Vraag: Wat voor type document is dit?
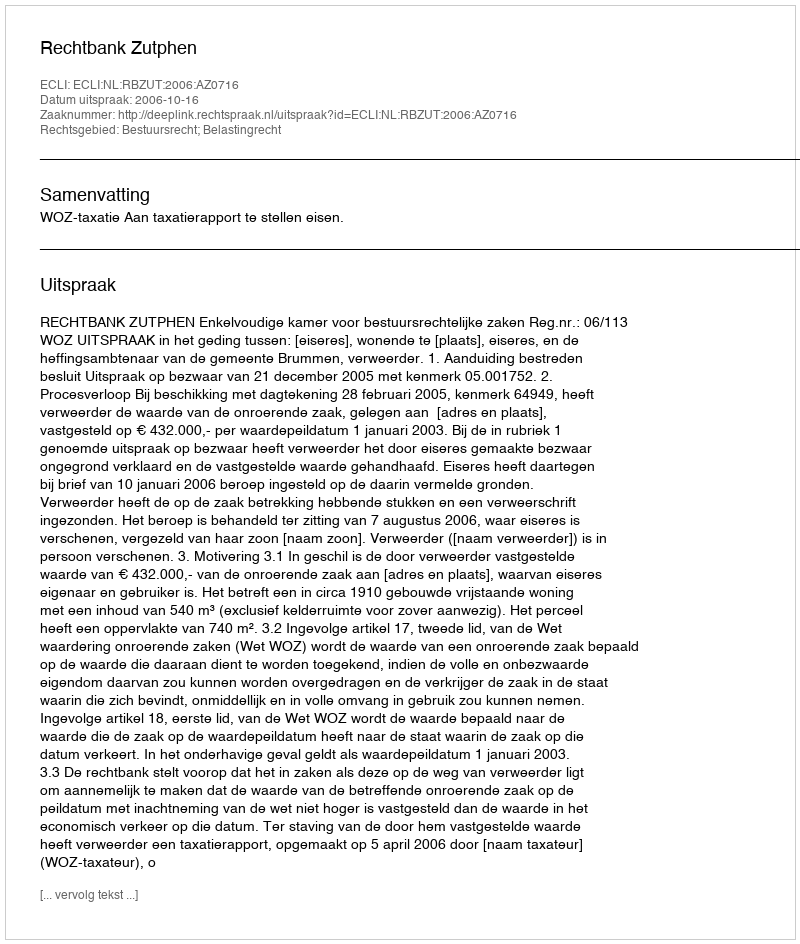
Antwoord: Uitspraak